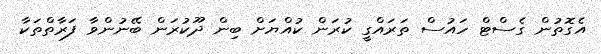
އެގޮތުން ގެސްޓް ހައުސް ތަރައްގީ ކުރަން ކުއްޔަށް ބިން ދޫކުރަން ބޭނުންވާ ފަރާތްތަކާ